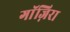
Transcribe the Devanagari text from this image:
गाॅज़िरा